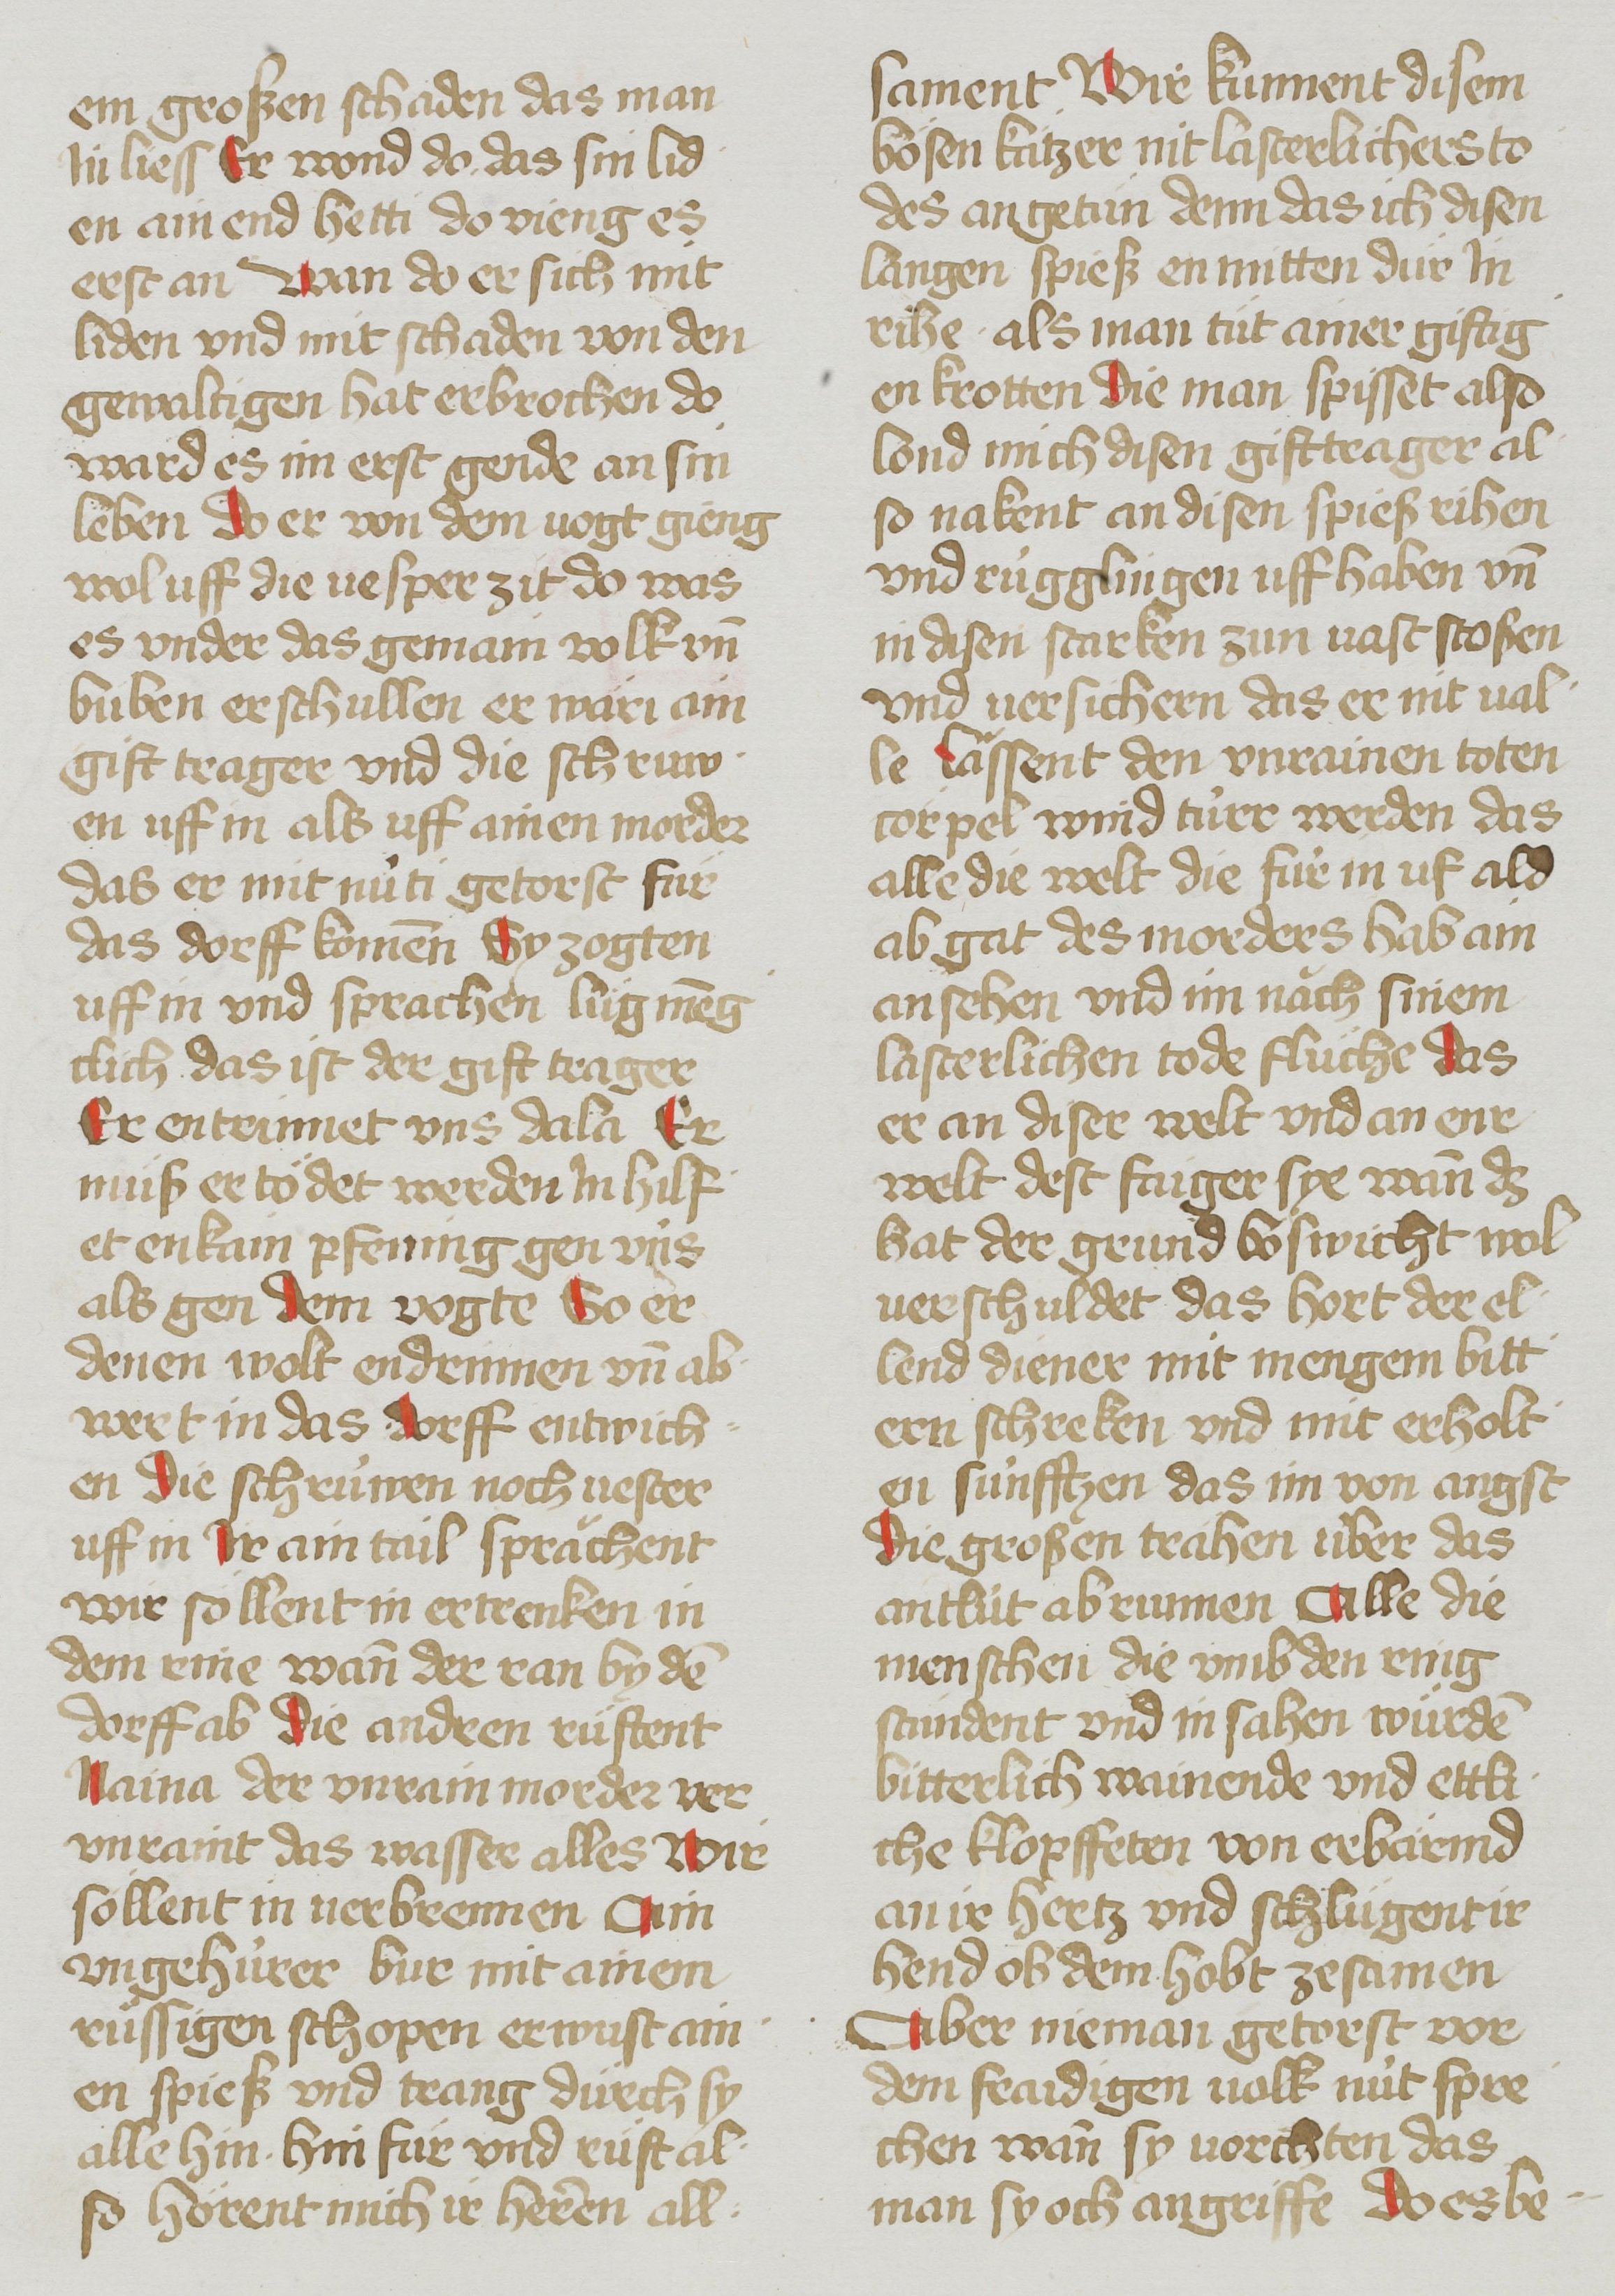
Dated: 1485–1495